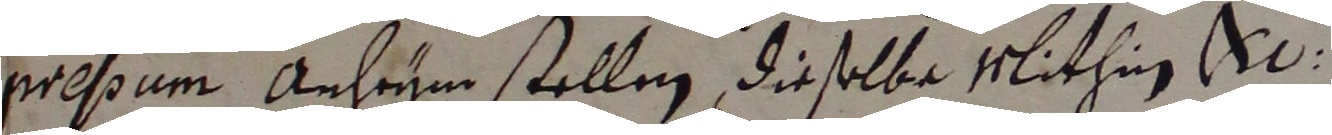
pressum anheym stellen dieselbe Mithin v